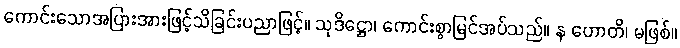
ကောင်းသောအပြားအားဖြင့်သိခြင်းပညာဖြင့်။ သုဒိဋ္ဌော၊ ကောင်းစွာမြင်အပ်သည်။ န ဟောတိ၊ မဖြစ်။